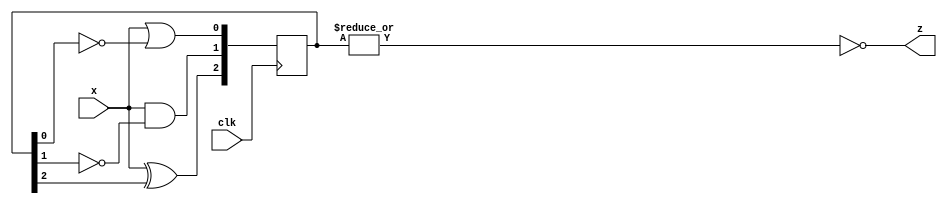
module top_module (
    input clk,
    input x,
    output reg z
); 
reg [2:0] Q;
always @(posedge clk) begin
    Q[0] <= x | ~Q[0];
    Q[1] <= x & ~Q[1];
    Q[2] <= x ^ Q[2];
end 

assign z = ~(|Q);

endmodule